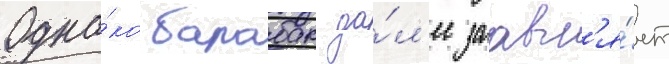
Одна́ко барабак да́л'ее заавл'я́ет